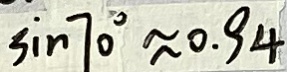
\sin 7 0 ^ { \circ } \approx 0 . 9 4